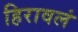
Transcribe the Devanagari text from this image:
हिरावलं